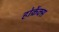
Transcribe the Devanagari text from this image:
होर्क्रेक्स